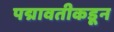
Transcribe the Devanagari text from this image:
पद्मावतीकडून